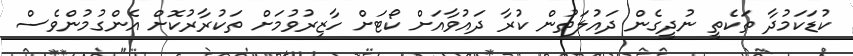
ކުޑަކަމުދާ ތަކެތީ ނުދީގެން ދައުލަތުން ކުރާ ދައުވާއަށް ކޯޓަށް ހާޒިރުވުމަށް ތަކުރާރުކޮށް އެންގުމުންވެސް